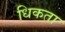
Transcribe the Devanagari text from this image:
धिकता